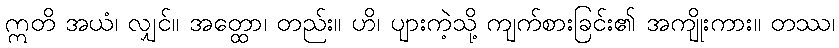
ဣတိ အယံ၊ လျှင်။ အတ္ထော၊ တည်း။ ဟိ၊ ပျားကဲ့သို့ ကျက်စားခြင်း၏ အကျိုးကား။ တဿ၊